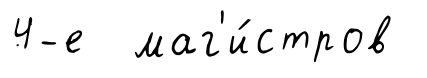
4-е маг'и́стров